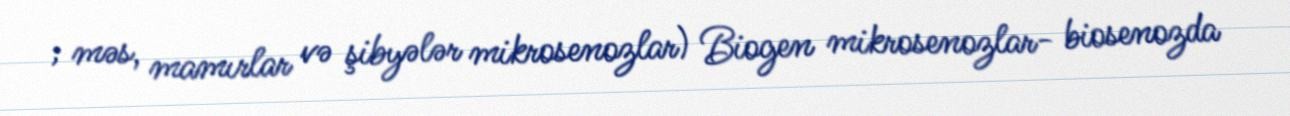
; məs, mamırlar və şibyələr mikrosenozlar) Biogen mikrosenozlar- biosenozda